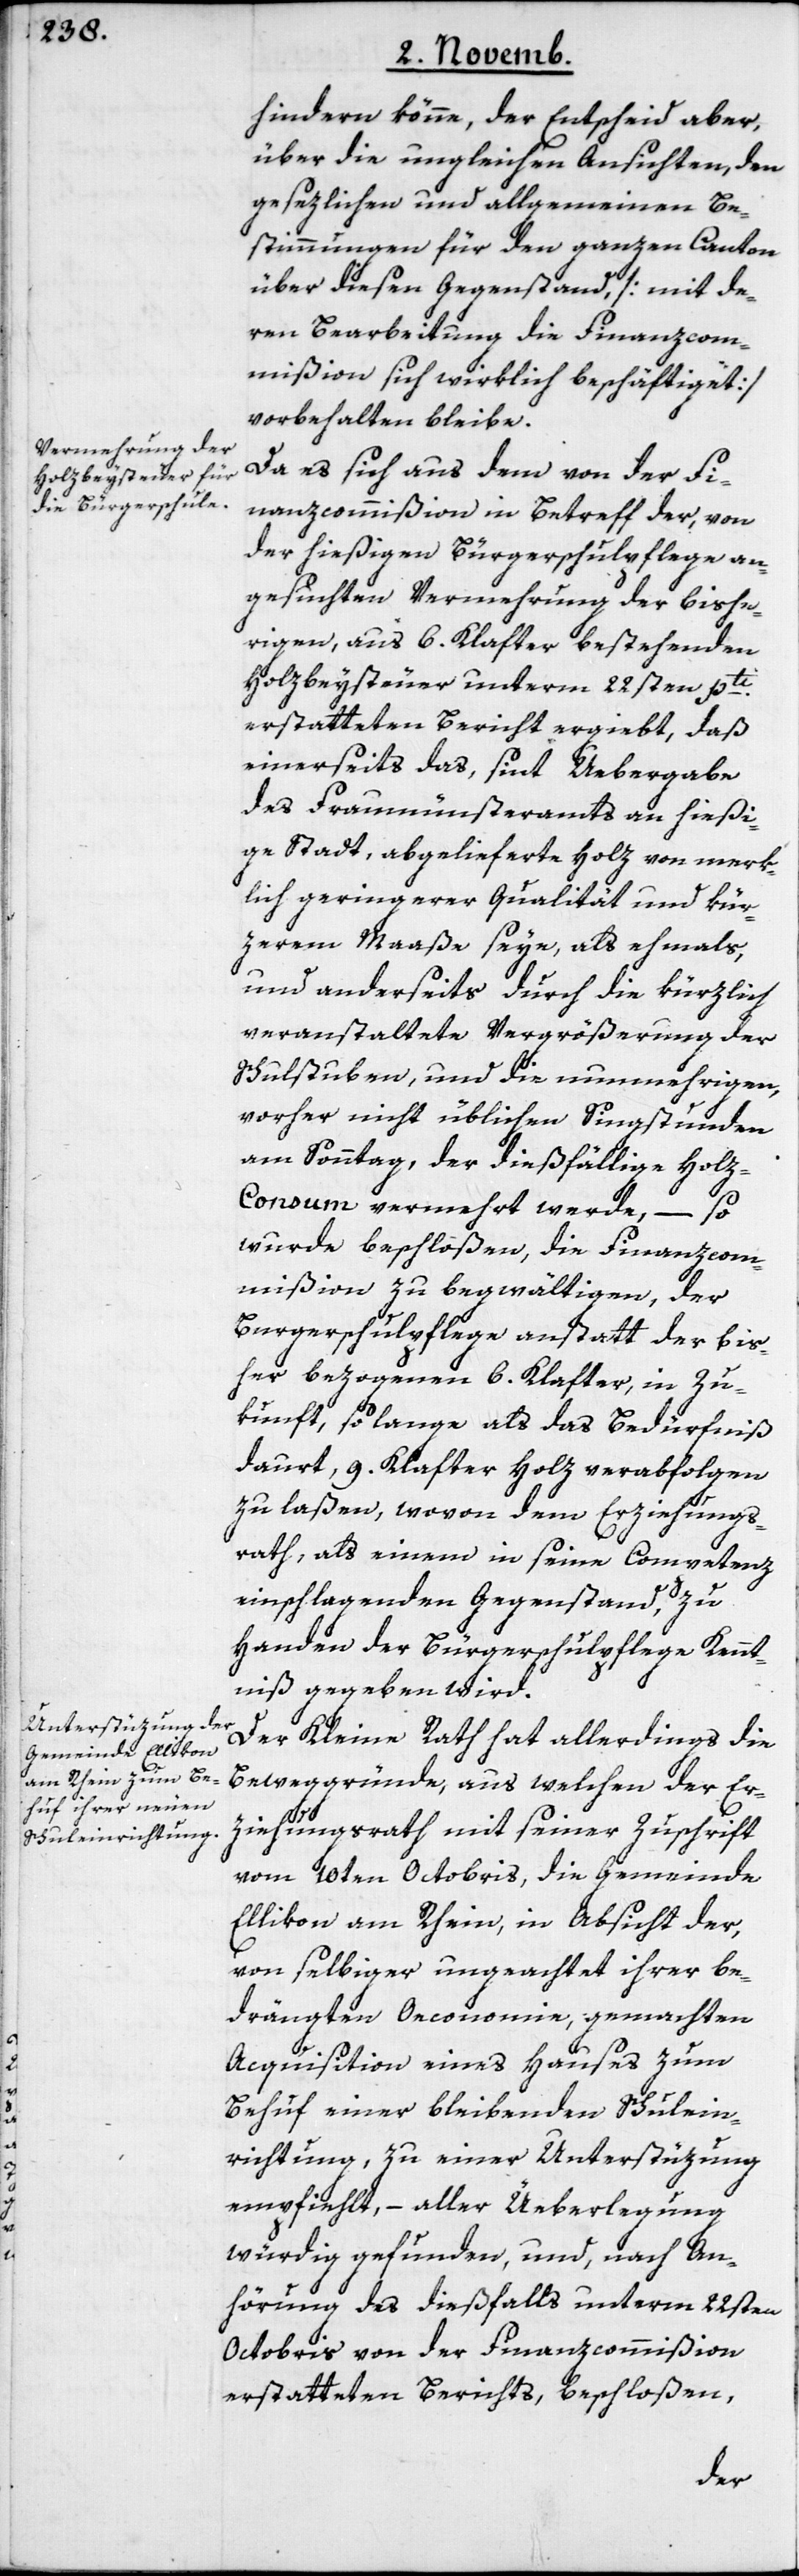
hindern könne, der Entscheid aber,
über die ungleichen Ansichten, den
gesetzlichen und allgemeinen Be¬
stimmungen für den ganzen Canton
über diesen Gegenstand [mit de¬
ren Bearbeitung die Finanzcom¬
mißion sich wirklich beschäftiget]
vorbehalten bleibe.
Da es sich aus dem von der Fi¬
nanzcommißion in Betreff der, von
der hießigen Bürgerschulpflege an¬
gesuchten Vermehrung der bishe¬
rigen, aus 6. Klafter bestehenden
Holzbeysteuer unterm 22sten pti.
erstatteten Bericht ergiebt, daß
einerseits das, sint Uebergabe
des Fraumünsteramts an hießi¬
ge Stadt, abgelieferte Holz von merk¬
lich geringerer Qualität und kür¬
zerem Maaße seye, als ehmahls,
und anderseits durch die kürzlich
veranstaltete Vergrößerung der
Schulstuben, und die nunmehrigen,
vorher nicht üblichen Singstunden
am Sonntag, der dießfällige Hol¬
z-Consum vermehrt werde, – so
wurde beschloßen, die Finanzcom¬
mißion zu begwältigen, der
Burgerschulpflege anstatt der bis¬
her bezogenen 6. Klafter, in Zu¬
kunft, so lange als das Bedürfniß
dauert, 9. Klafter Holz verabfolgen
zu laßen, wovon dem Erziehungs¬
rath, als einem in seine Competenz
einschlagenden Gegenstand, zu
Handen der Bürgerschulpflege Kennt¬
niß gegeben wird.
Der Kleine Rath hat allerdings die
Beweggründe, aus welchen der Er¬
ziehungsrath mit seiner Zuschrift
vom 10ten Octobris, die Gemeinde
Ellikon am Rhein, in Absicht der,
von selbiger ungeachtet ihrer be¬
drängten Oeconomie, gemachten
Acquisition eines Hauses zum
Behuf einer bleibenden Schulein¬
richtung, zu einer Unterstüzung
empfiehlt, – aller Üeberlegung
würdig gefunden, und nach An¬
hörung des dießfalls unterm 22sten
Octobris von der Finanzcommißion
erstatteten Berichts, beschloßen,